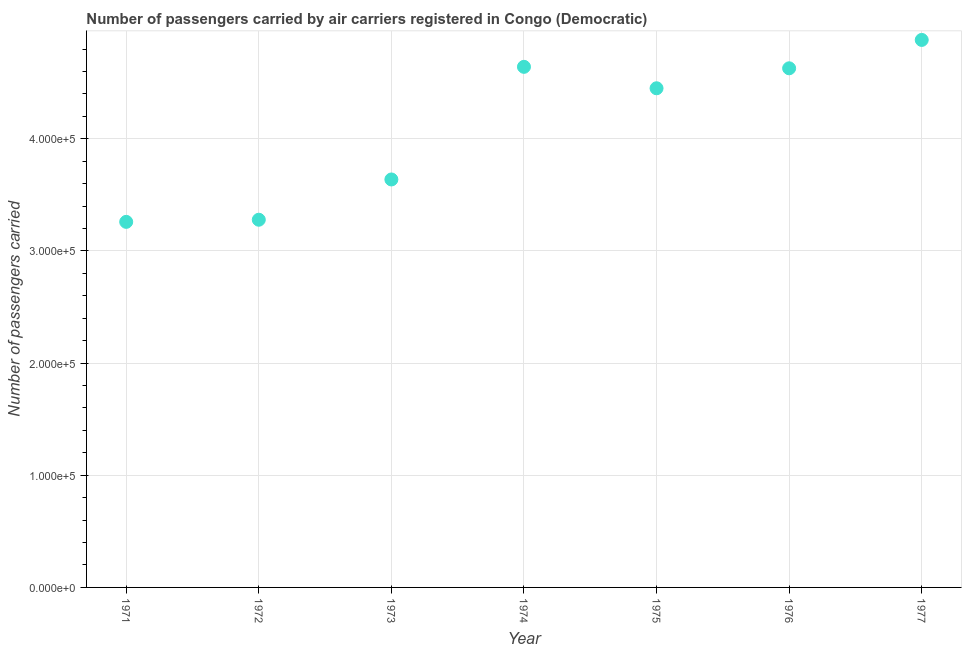
| Year | Air transport |
 | --- | --- |
 | 1971 | 3.26e+05 |
 | 1972 | 3.28e+05 |
 | 1973 | 3.64e+05 |
 | 1974 | 4.64e+05 |
 | 1975 | 4.45e+05 |
 | 1976 | 4.63e+05 |
 | 1977 | 4.88e+05 |